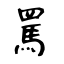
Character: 罵